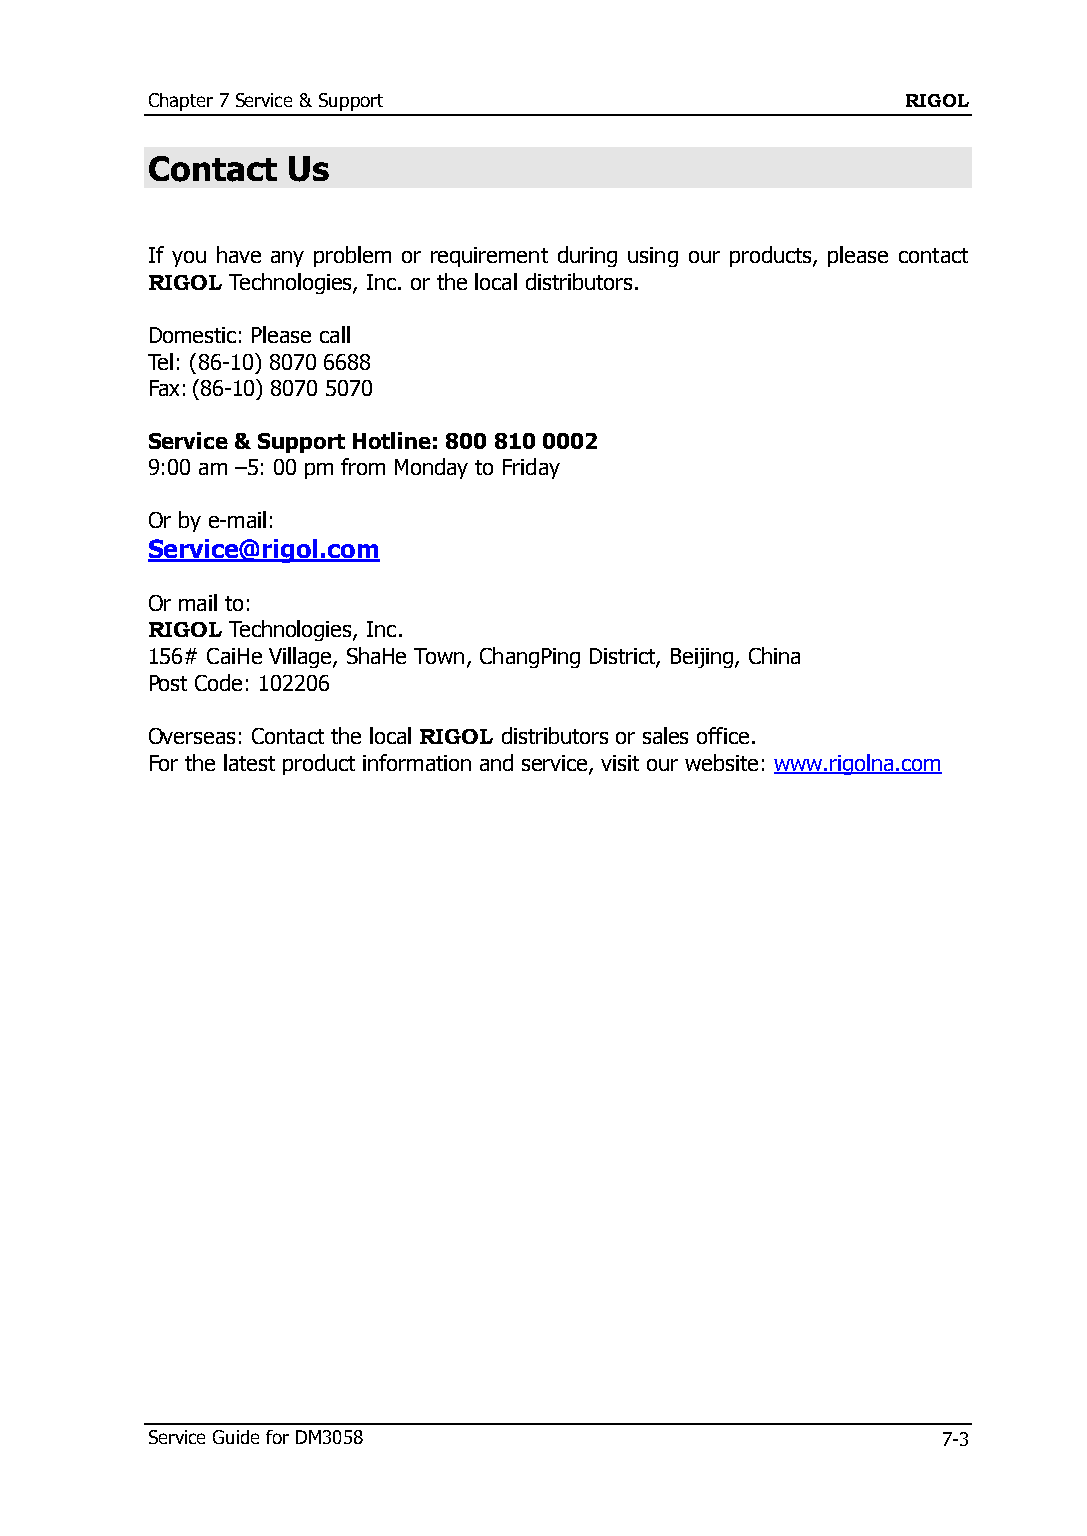
Chapter 7 Service & Support                       RIGOL
 Contact  Us
 If you have any problem or requirement during using our products, please contact
 RIGOL Technologies, Inc. or the local distributors.
 Domestic: Please call
 Tel: (86-10) 8070 6688
 Fax: (86-10) 8070 5070
 Service & Support Hotline: 800 810 0002
 9:00 am –5: 00 pm from Monday to Friday
 Or by e-mail:
 Service@rigol.com
 Or mail to:
 RIGOL Technologies, Inc.
 156# CaiHe Village, ShaHe Town, ChangPing District, Beijing, China
 Post Code: 102206
 Overseas: Contact the local RIGOL distributors or sales office.
 For the latest product information and service, visit our website: www.rigolna.com
 Service Guide for DM3058                            7-3